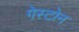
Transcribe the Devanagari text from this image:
गेस्टोन